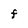
Character: F